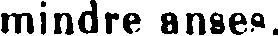
mindre anses.